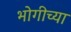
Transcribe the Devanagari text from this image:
भोगीच्या